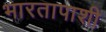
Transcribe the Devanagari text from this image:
भारतापाशी